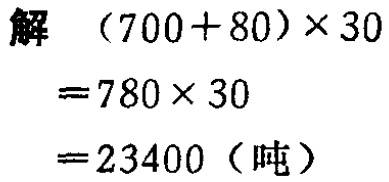
解

\[

\begin{align*}

(700 + 80)\times30&=780\times30\\

&= 23400 (\text{吨})

\end{align*}

\]